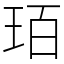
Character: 𤤿